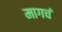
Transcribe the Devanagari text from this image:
मागचं